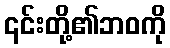
၎င်းတို့၏ဘဝကို